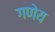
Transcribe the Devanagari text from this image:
गणेय